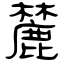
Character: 麓